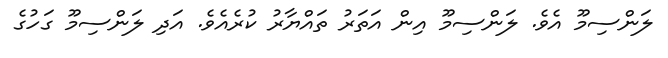
ލަންސިމޫ އެވެ. ލަންސިމޫ އިން އަތަރު ތައްޔާރު ކުރެއެވެ. އަދި ލަންސިމޫ ގަހުގެ